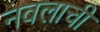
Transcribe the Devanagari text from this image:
नवलाची